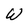
Character: W